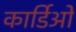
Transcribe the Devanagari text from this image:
कार्डिओ